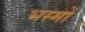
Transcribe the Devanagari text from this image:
भस्मों